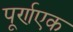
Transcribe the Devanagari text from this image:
पूर्णएक